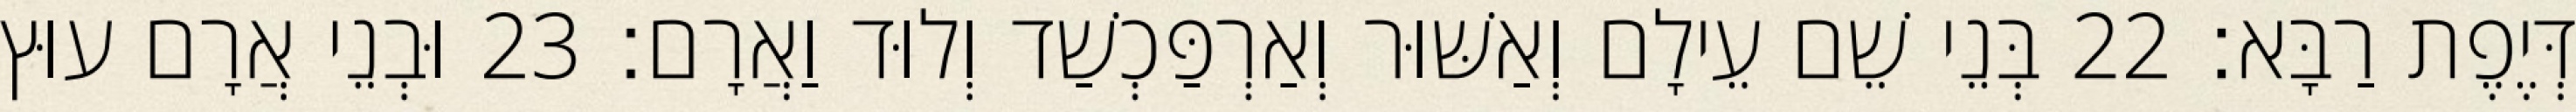
דְּיֶפֶת רַבָּא׃ 22 בְּנֵי שֵׁם עֵילָם וְאַשּׁוּר וְאַרְפַּכְשַׁד וְלוּד וַאֲרָם׃ 23 וּבְנֵי אֲרָם עוּץ